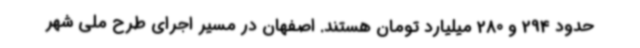
حدود 294 و 280 میلیارد تومان هستند. اصفهان در مسیر اجرای طرح ملی شهر